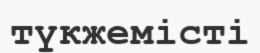
түкжемісті